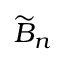
{ \widetilde { B } } _ { n }